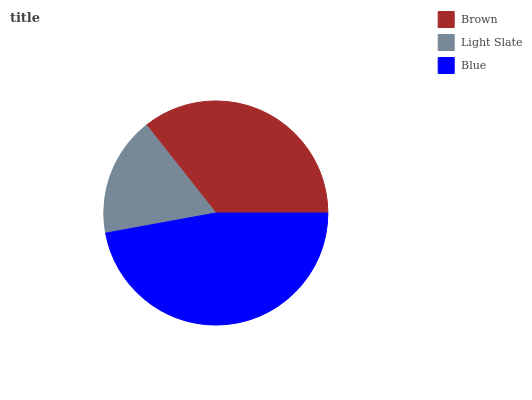
| Brown | Light Slate | Blue |
 | --- | --- | --- |
 | 35.7% | 17.2% | 47.1% |